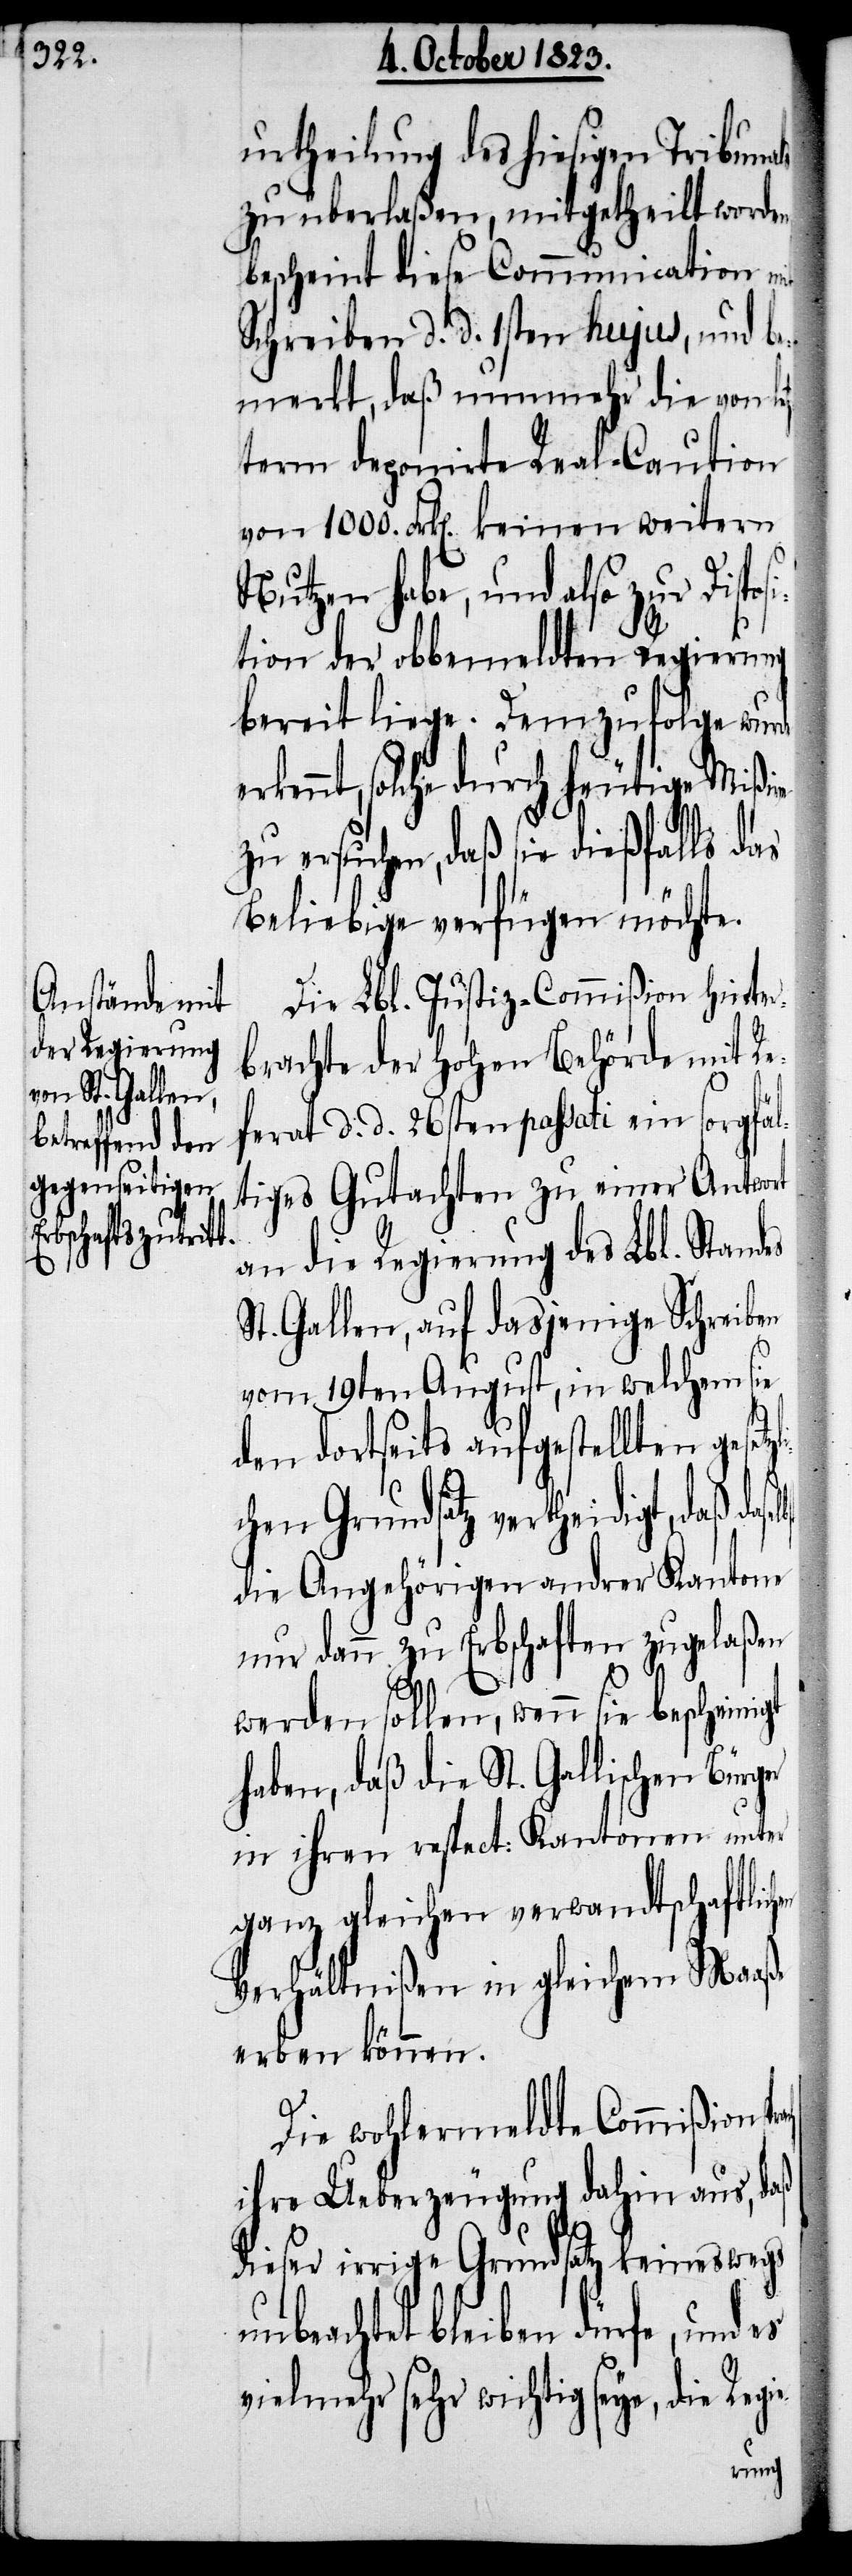
en

urtheilung des hiesigen Tribuna¬
zu überlaßen, mitgetheilt worden,
bescheint diese Communication mit
Schreiben d. d. 1sten hujus, und be¬
merkt, daß nunmehr die von le¬
term deponirte Real-Caution
von 1000. Frk[en]. keinen weitern
ger
Nutzen habe, und also zur Dispo¬
tion der obbemeldten Regierung
bereit liege. Demzufolge wur¬
ennt, solche durch heutige Mißive
zu ersuchen, daß sie dießfalls das
Beliebige verfügen möchte.
Die Lbl. Justiz-Commißion hinter¬
brachte der Hohen Behörde mit Re¬
ferat d. d. 26sten passati ein sorgfäl¬
tiges Gutachten zu einer Antwort
an die Regierung des Lbl. Standes
St. Gallen, auf dasjenige Schreiben
vom 19ten August, in welchem sie
den dortseits aufgestellten geset¬
ichen Grundsatz vertheidigt, daß
die Angehörigen andrer Kantone
nur dann zu Erbschaften zugelaßen
werden sollen, wenn sie bescheinigt
haben, daß die St. Gallischen Bür¬
in ihren respect: Kantonen unter
ganz gleichen verwandtschaftlich¬
Verhätlnißen in gleichem Maaße
erben können.
Die wohlermeldte Commißion
ihre Ueberzeugung dahin aus, daß
dieser irrige Grundsatz keineswegs
unbeachtet bleiben dürfe, und es
vielmehr sehr wichtig seye, die